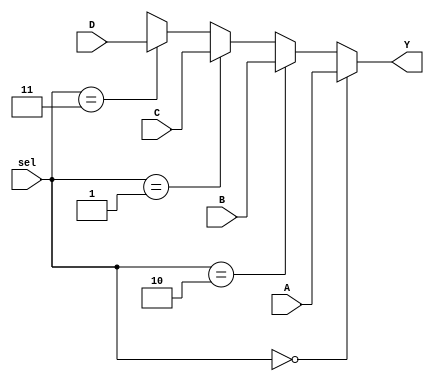
// Code your design here
`timescale 1ns / 1ps

module homework7(
    output Y,
    input A,B,C,D,
    input [1:0] sel
);

assign Y = (sel == 2'b00) ? A :
           (sel == 2'b10) ? B :
           (sel == 2'b01) ? C :
           (sel == 2'b11) ? D :
           1'bX;
endmodule